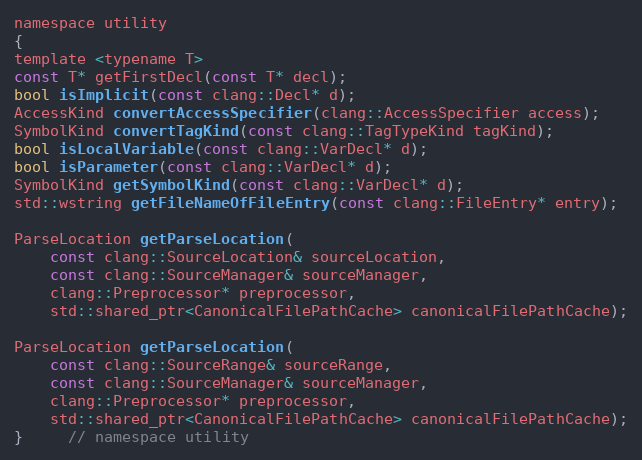
Language: C
namespace utility
{
template <typename T>
const T* getFirstDecl(const T* decl);
bool isImplicit(const clang::Decl* d);
AccessKind convertAccessSpecifier(clang::AccessSpecifier access);
SymbolKind convertTagKind(const clang::TagTypeKind tagKind);
bool isLocalVariable(const clang::VarDecl* d);
bool isParameter(const clang::VarDecl* d);
SymbolKind getSymbolKind(const clang::VarDecl* d);
std::wstring getFileNameOfFileEntry(const clang::FileEntry* entry);

ParseLocation getParseLocation(
	const clang::SourceLocation& sourceLocation,
	const clang::SourceManager& sourceManager,
	clang::Preprocessor* preprocessor,
	std::shared_ptr<CanonicalFilePathCache> canonicalFilePathCache);

ParseLocation getParseLocation(
	const clang::SourceRange& sourceRange,
	const clang::SourceManager& sourceManager,
	clang::Preprocessor* preprocessor,
	std::shared_ptr<CanonicalFilePathCache> canonicalFilePathCache);
}	 // namespace utility